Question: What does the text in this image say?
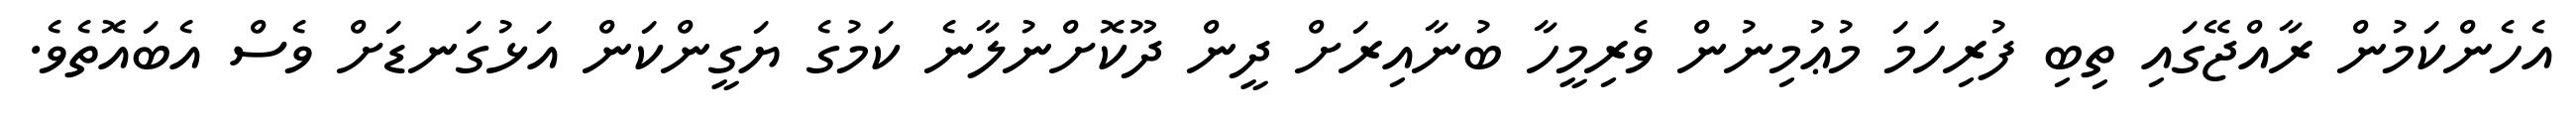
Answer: އެހެންކަމުން ރާއްޖޭގައި ތިބި ފުރިހަމަ މުޢުމިނުން ވެރިމީހާ ބުނާއިރަށް ދީން ދޫކޮށްނުލާނެ ކަމުގެ ޔަގީންކަން އަޅުގަނޑަށް ވެސް އެބައޮތެވެ.